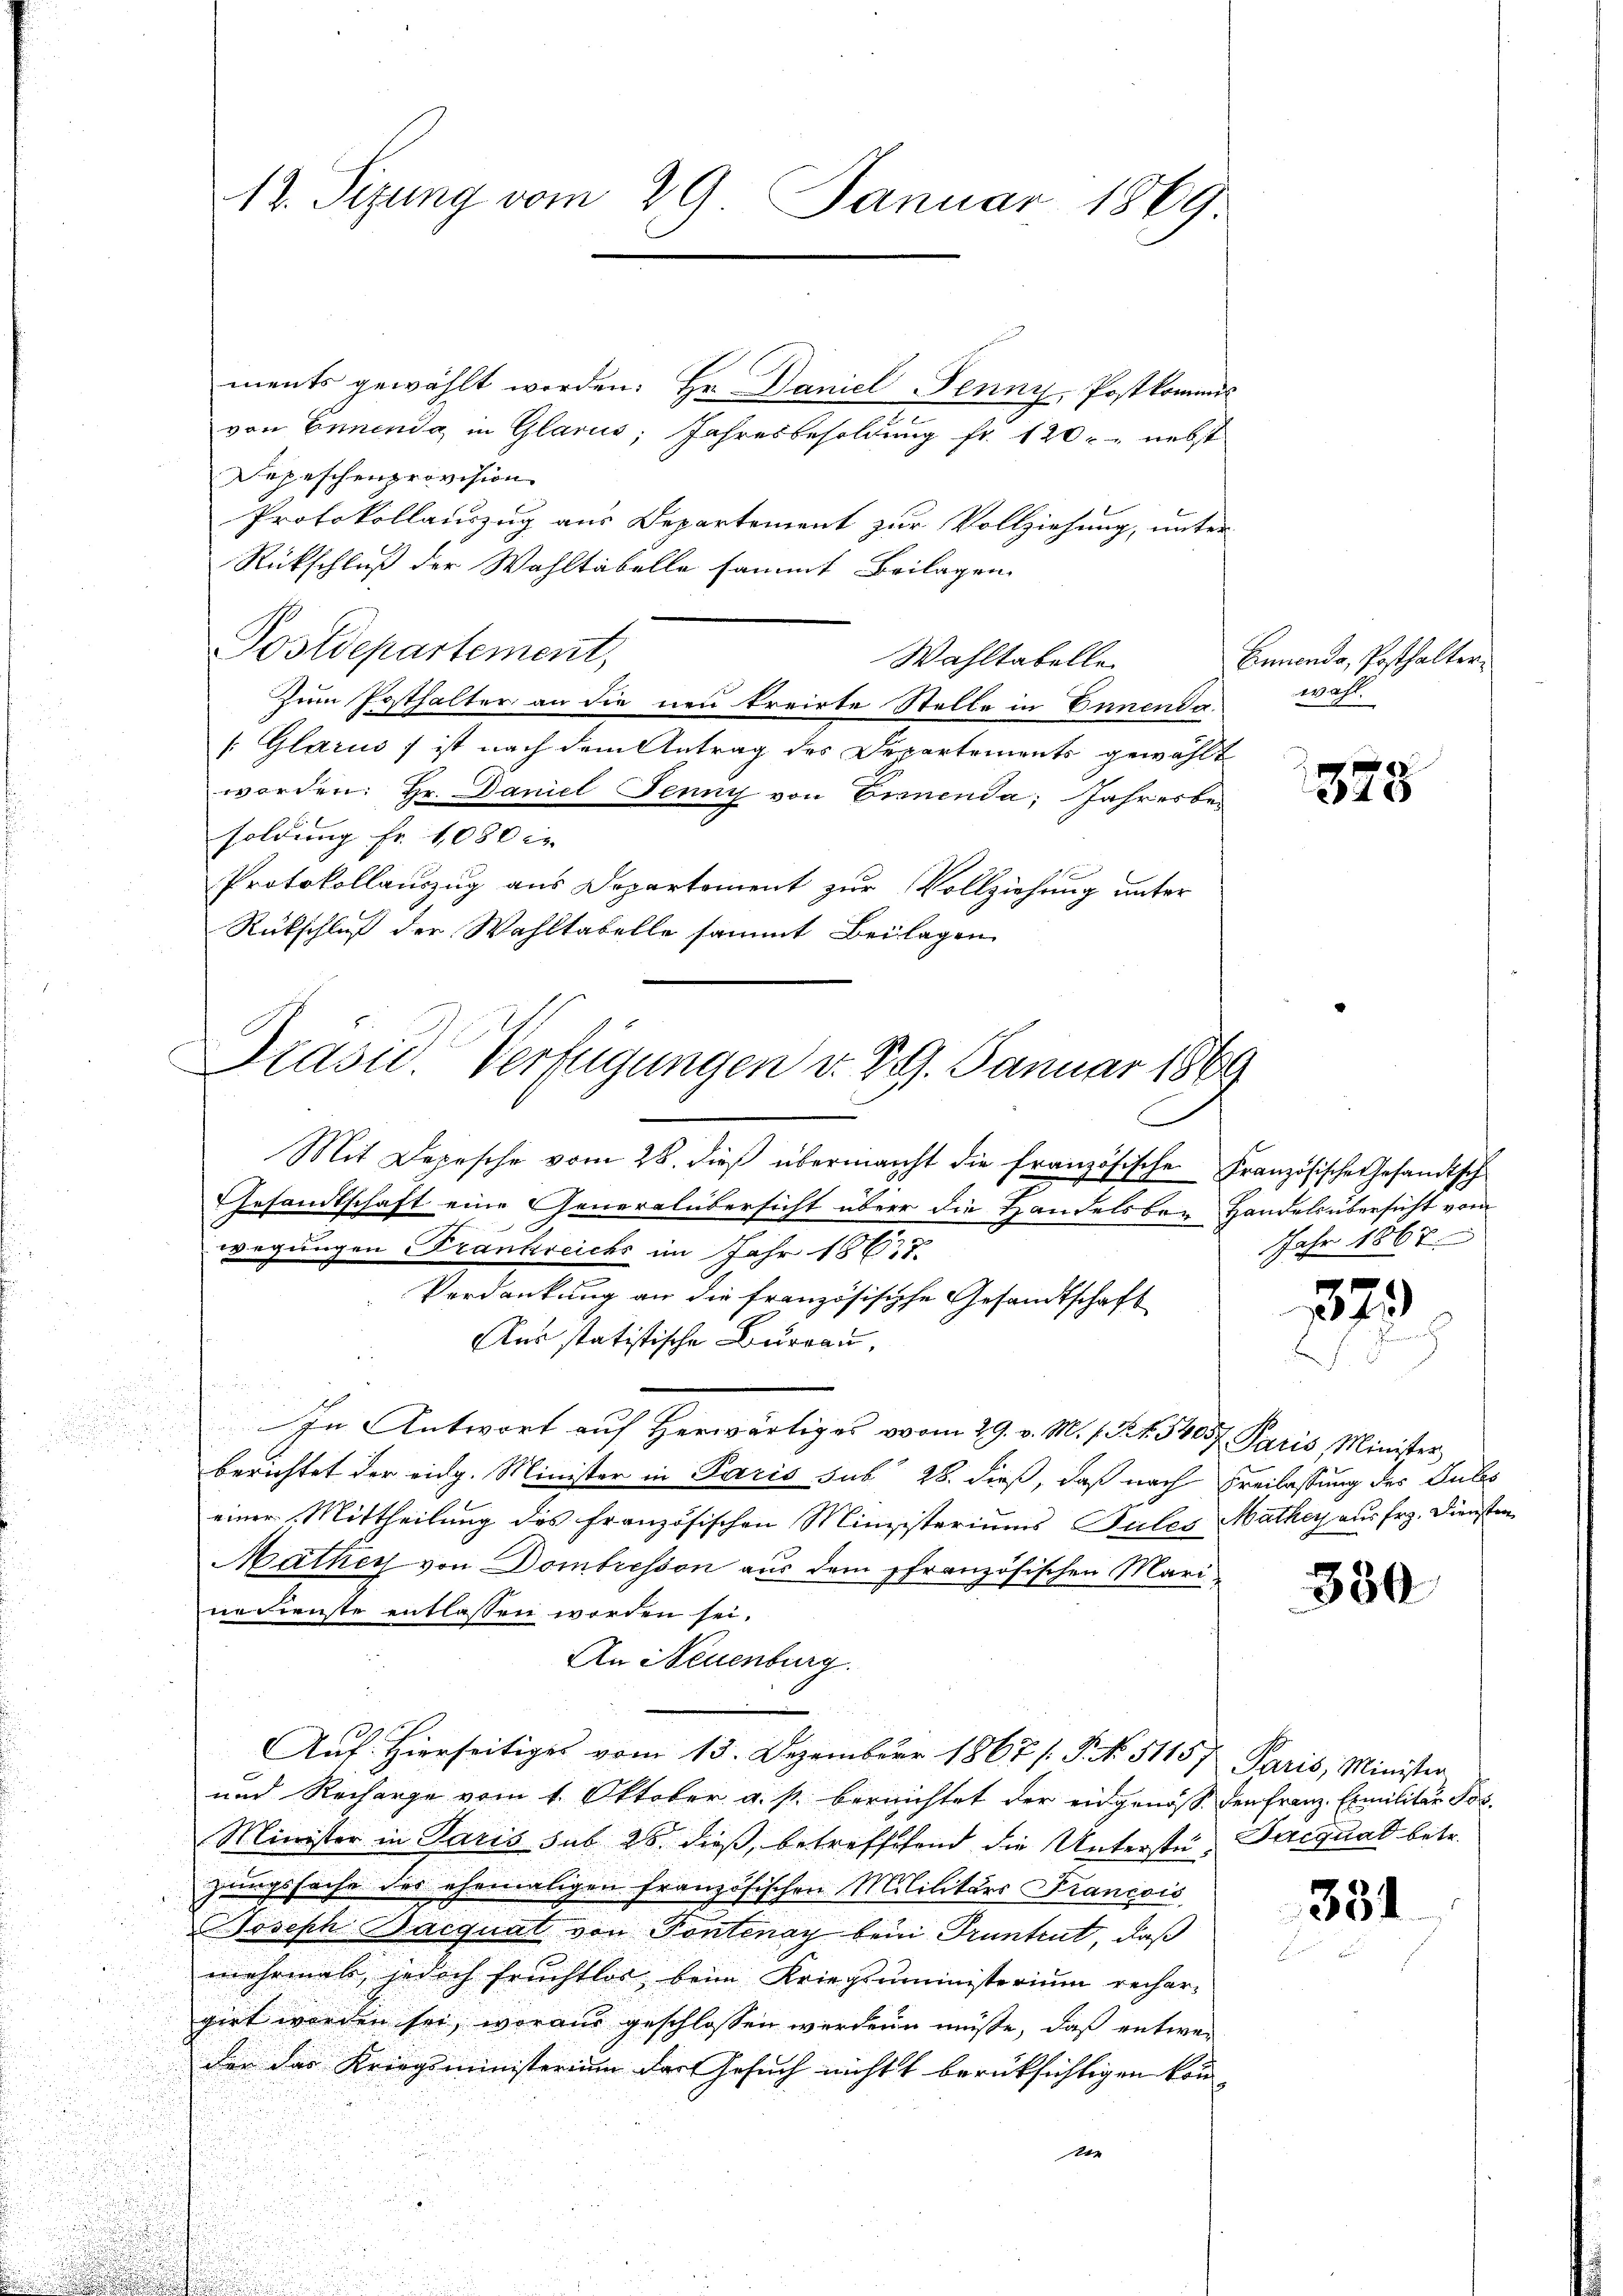
12. Sezung vom 29. Januar 1869

ments gewählt worden. Hr. Daniel Tenny-Postkommis
von Ennenda in Glarus, Jahresbesoldung fr. 120. nebst
Depeschenprovision
Protokollauszug aus Departement zur Vollziehung, unter
Rückschluß der Wahltabelle sammt Beilagen
Postdepartement,
Wahltabelle
Zum Posthalter an die neu treirte Stelle in Einenda
/: Glarus ) ist nach dem Antrag des Departements gewählt
worden: Hr. Daniel Jenny von Einnenda, Jahresbesoldung Fr. 1080 in
Protokollauszug aus Dopartement zur Vollziehung unter
Rückschluß der Wahltabelle sammt Beilagen

Präsid. Verfügungen d. 29. Januar 1869

Mit Depesche vom 28. dieß übermacht die französische Französische Gesandtsch
Gesandtschaft eine Generalübersicht über die Handelsber Handels übersicht vom

wegungen Frankreichs im Jahr 1867.
Verdankung an die französische Gesandtschaft
Aus statistische Burgau,

d
.
In Antwort aŭf herwärtiges vom 29. v. M. s. S. 4. 54057 Paris, Minister

berichtet der eidg. Minister in Paris sub 28. dieß, daß nach Freilassung des Gutes
einer Mittheilung des französischen Ministeriums Pules Mathey aus Erz. Diensten
Mathey von Dombresson aus dem pfranzösischen Mari
nedienste entlassen worden sei.
An Neuenburg.
Auf. Hierseitiges vom 13. Dezember 1867 /: P. No. 51157. Paris, Minister
und Recharge vom 1. Oktober a. p. bereichtet der eingenoss den Franz Exmilitär Jos.
Minister in Paris sub 28. dieß, betreffend die Unterste Jacquat betr.
zungssache des ehemaligen französischen Mililitärs Francois
Joseph Dacquat von Pontenay bein Pruntrut, daß
mehrmals, jedoch fruchtlos beim Kriegsministerium recher-
girt worden sei, woraus geschlossen werden müßte, daß entweder der Kriegsministerium der Gesuch nicht berüksichtigen konn
ter

Ennendo, Posthalter
wahl.

1328

Jahr 1867

1873

330

331